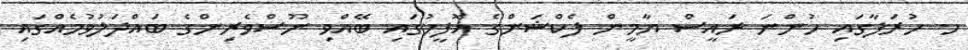
ހ. ހުރަފާގައި ހުންނަ ރައީސް ޔާމީން ފެކްޝަންގެ އޮފީހުގައި ބޭއްވި ނޫސްވެރިންގެ ބައްދަލުވުމެއްގައި